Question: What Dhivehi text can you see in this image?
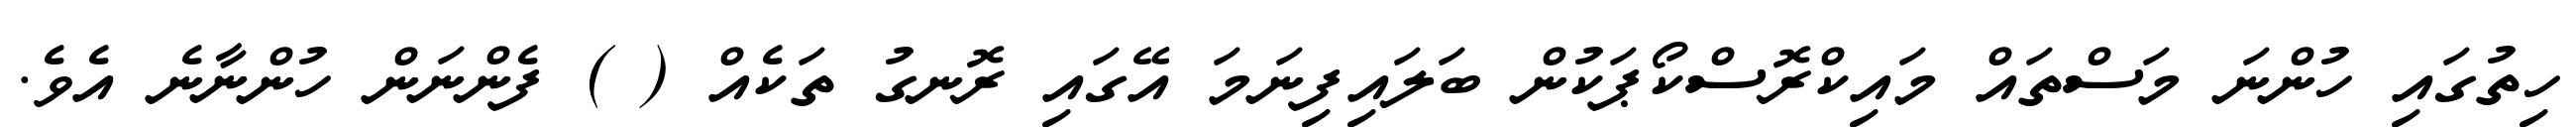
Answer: ހިތުގައި ހުންނަ މަސްތައް މައިކްރޮސްކޯޕަކުން ބަލައިފިނަމަ އޭގައި ރޮނގު ތަކެއް ( ) ފެންނަން ހުންނާނެ އެވެ.